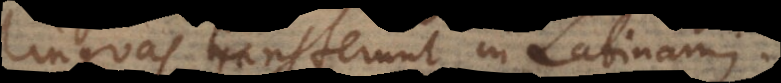
linguas transferunt in Latinam.